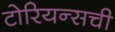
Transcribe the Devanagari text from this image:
टोरियन्सची